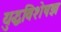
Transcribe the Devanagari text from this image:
युद्धविशेषज्ञ